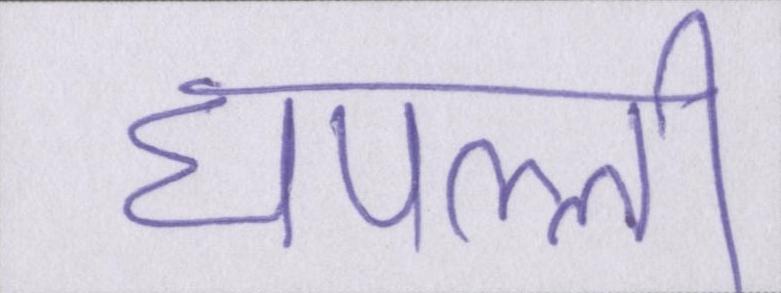
घपल्ली